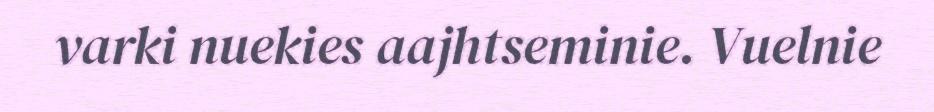
varki nuekies aajhtseminie. Vuelnie